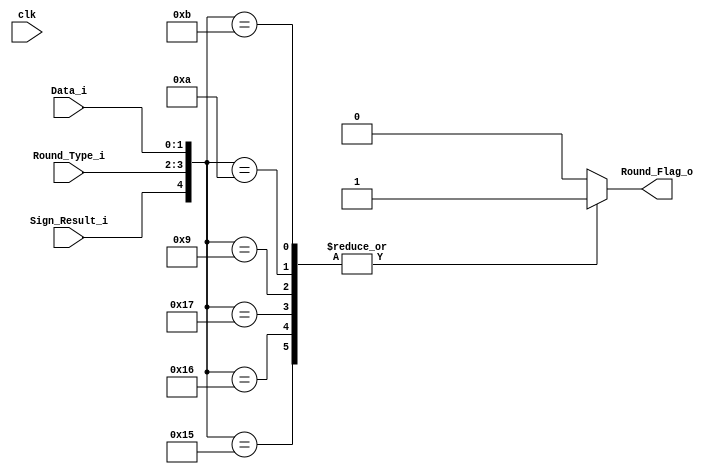
`timescale 1ns / 1ps
//////////////////////////////////////////////////////////////////////////////////
// Company: 
// Engineer: 
// 
// Design Name: 
// Module Name: Round_Sgf_Dec
// Project Name: 
// Target Devices: 
// Tool Versions: 
// Description: 
// 
// Dep encies: 
// 
// Revision:
// Revision 0.01 - File Created
// Additional Comments:
// 
//////////////////////////////////////////////////////////////////////////////////


module Round_Sgf_Dec(
    input wire clk,
    input wire [1:0] Data_i,
    input wire [1:0] Round_Type_i,
    input wire Sign_Result_i,
    output reg Round_Flag_o
    );
    
    always @*
    	case ({Sign_Result_i,Round_Type_i,Data_i})
    	//Round type=00; Towards zero / No round
    	//Round type=01; Towards - infinity
    	//Round type=10; Towards + infinity


    	//Op=0;Round type=00

    	/*5'b00000: Round_Flag_o <=0;  
    	5'b00001: Round_Flag_o <=0;  
    	5'b00010: Round_Flag_o <=0;  
    	5'b00011: Round_Flag_o <=0;*/

		//Op=1;Round type=00

    	/*5'b10000: Round_Flag_o <=0;  
    	5'b10001: Round_Flag_o <=0;  
    	5'b10010: Round_Flag_o <=0;  
    	5'b10011: Round_Flag_o <=0;  */

    	//Op=0;Round type=01

    	/*5'b00100: Round_Flag_o <=0;  
    	5'b00101: Round_Flag_o <=0;  
    	5'b00110: Round_Flag_o <=0;  
    	5'b00111: Round_Flag_o <=0;  */

    	//Op=1;Round type=01

    	//5'b10100: Round_Flag_o <=0;  
    	5'b10101: Round_Flag_o <=1;  
    	5'b10110: Round_Flag_o <=1;  
    	5'b10111: Round_Flag_o <=1;  

    	//Op=0;Round type=10

    	//5'b01000: Round_Flag_o <=0;  
    	5'b01001: Round_Flag_o <=1;  
    	5'b01010: Round_Flag_o <=1;  
    	5'b01011: Round_Flag_o <=1;  


    	//Op=1;Round type=10

    	/*5'b11000: Round_Flag_o <=0;  
    	5'b11001: Round_Flag_o <=0;  
    	5'b11010: Round_Flag_o <=0;  
    	5'b11011: Round_Flag_o <=0;  */

    	default: Round_Flag_o <=0;

    	endcase

endmodule